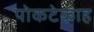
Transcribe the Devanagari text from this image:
पोकटेकाह